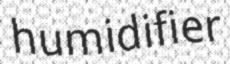
humidifier